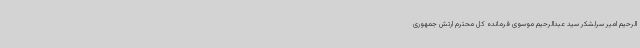
الرحیم امیر سرلشکر سید عبدالرحیم موسوی فرمانده کل محترم ارتش جمهوری